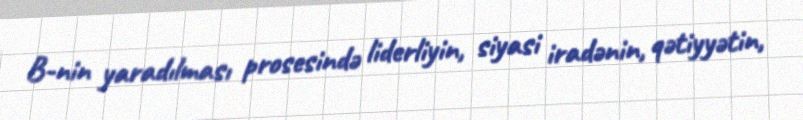
B-nin yaradılması prosesində liderliyin, siyasi iradənin, qətiyyətin,